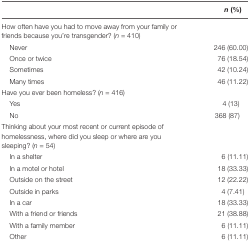
<table><thead><tr><td></td><td><b><i>n</i> (%)</b></td></tr></thead><tbody><tr><td>How often have you had to move away from your family or friends because you’re transgender? (<i>n</i> = 410)</td><td></td></tr><tr><td>Never</td><td>246 (60.00)</td></tr><tr><td>Once or twice</td><td>76 (18.54)</td></tr><tr><td>Sometimes</td><td>42 (10.24)</td></tr><tr><td>Many times</td><td>46 (11.22)</td></tr><tr><td>Have you ever been homeless? (<i>n</i> = 416)</td><td></td></tr><tr><td>Yes</td><td>4 (13)</td></tr><tr><td>No</td><td>368 (87)</td></tr><tr><td>Thinking about your most recent or current episode of homelessness, where did you sleep or where are you sleeping? (<i>n</i> = 54)</td><td></td></tr><tr><td>In a shelter</td><td>6 (11.11)</td></tr><tr><td>In a motel or hotel</td><td>18 (33.33)</td></tr><tr><td>Outside on the street</td><td>12 (22.22)</td></tr><tr><td>Outside in parks</td><td>4 (7.41)</td></tr><tr><td>In a car</td><td>18 (33.33)</td></tr><tr><td>With a friend or friends</td><td>21 (38.88)</td></tr><tr><td>With a family member</td><td>6 (11.11)</td></tr><tr><td>Other</td><td>6 (11.11)</td></tr></tbody></table>